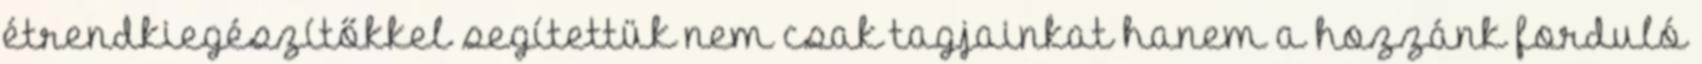
étrendkiegészítőkkel segítettük nem csak tagjainkat hanem a hozzánk forduló